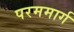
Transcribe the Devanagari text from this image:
परममार्ग